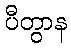
ပီတွာန